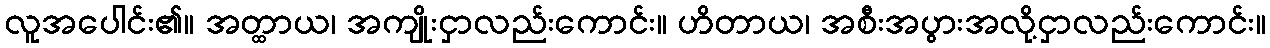
လူအပေါင်း၏။ အတ္ထာယ၊ အကျိုးငှာလည်းကောင်း။ ဟိတာယ၊ အစီးအပွားအလို့ငှာလည်းကောင်း။